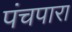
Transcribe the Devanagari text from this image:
पंचपारा